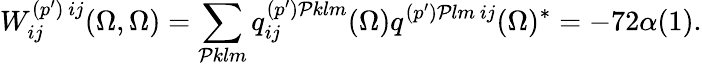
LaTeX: W_{ij}^{(p^{\prime})\ ij}(\Omega,\Omega)=\sum_{{\cal P}klm}q_{ij}^{(p^{\prime}){\cal P}klm}(\Omega)q^{(p^{\prime}){\cal P}lm\ ij}(\Omega)^{*}=-72\alpha(1).